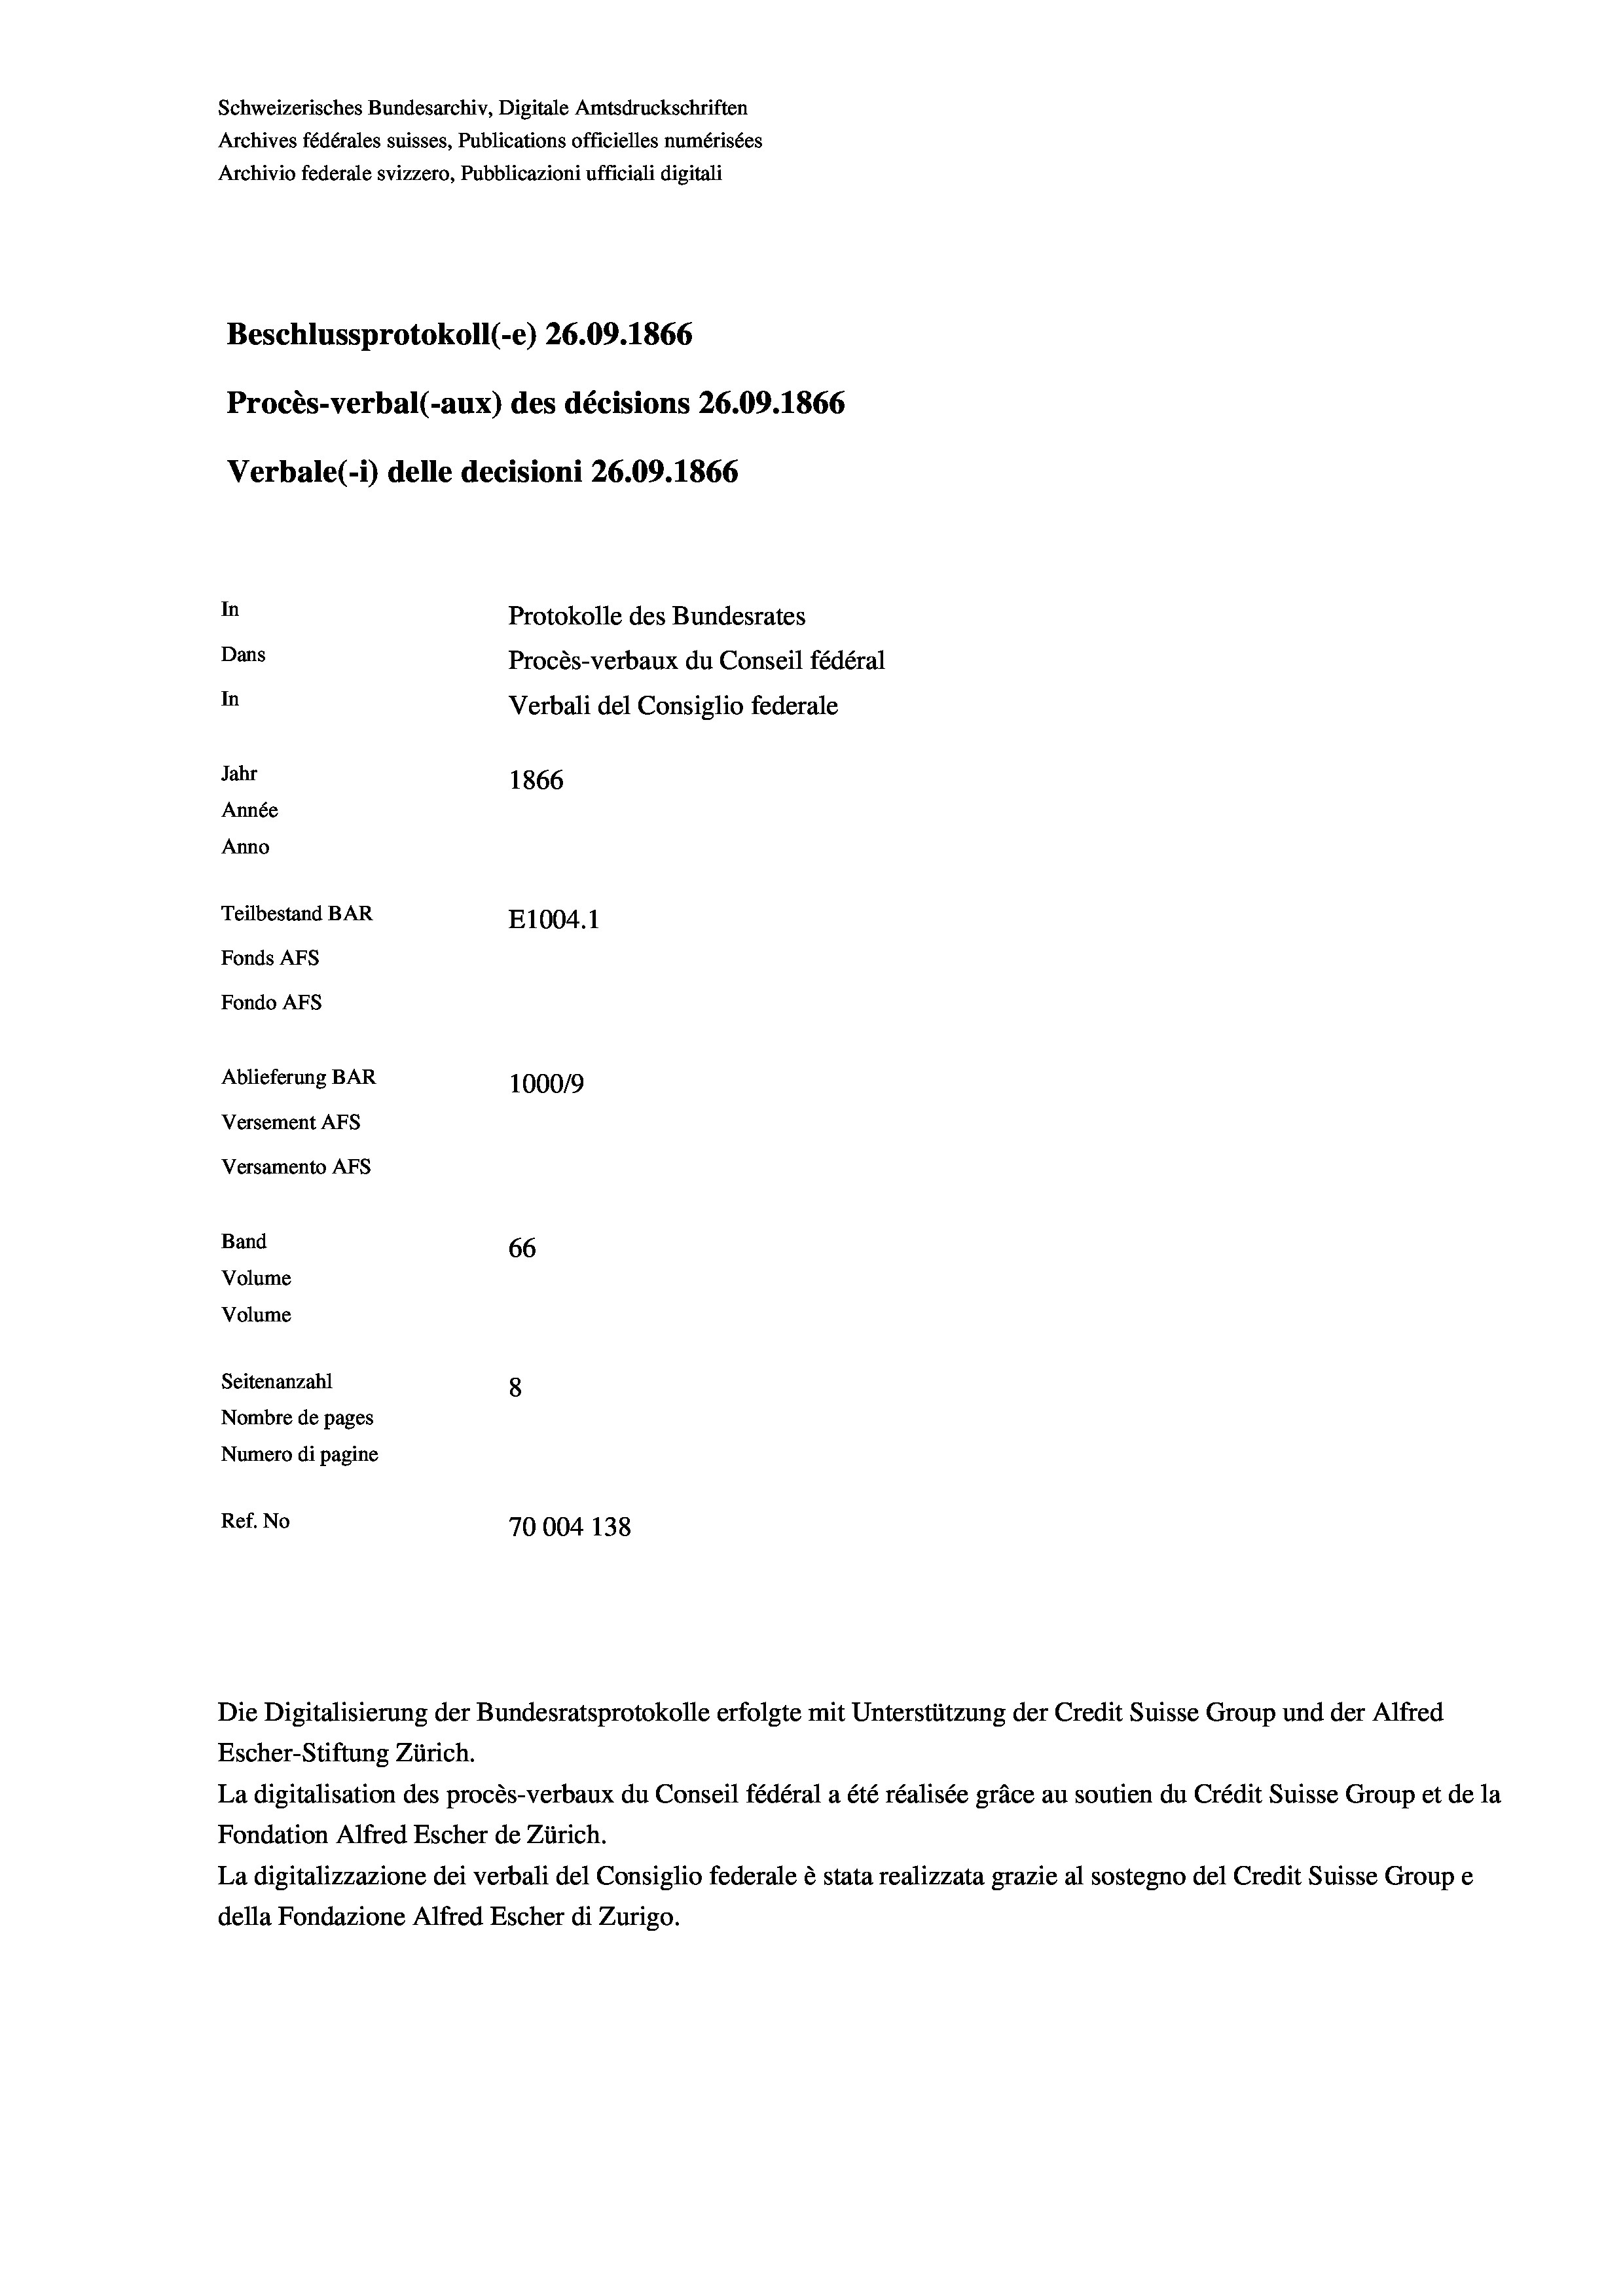
Schweizerisches Bundesarchiv, Digitale Amtsdruckschriften
Archives fédérales suisses, Publications officielles numérisées
Archivio federale svizzero, Pubblicazioni ufficiali digitali
Beschlussprotokoll (-e) 26.09. 1866
Procès-verbal (-aux) des décisions 26.09. 1866
Verbale (-*) delle decisioni 26.09. 1866
In
Protokolle des Bundesrates
Dans
Procès-verbaux du Conseil fédéral
In
Verbali del Consiglio federale
Jahr
1866
Année
Anno
Teilbestand BAR
E1004. 1
Fonds AFs
Fondo AFS
Ablieferung BAR
100019
Versement Abs
Versamento Afs
Band
66
Volume
Volume
Seitenanzahl
8

Nombre de pages
Numero di pagine
Ref. No
70004 138

Die Digitalisierung der Bundesratsprotokolle erfolgte mit Unterstützung der Credit Suisse Group und der Alfred
Escher-Stiftung Zürich.
La digitalisation des procès-verbaux du Conseil fédéral a été réalisée gräce au soutien du Crédit Suisse Group et de la
Fondation Alfred Escher de Zürich.
La digitalizzazione dei verbali del Consiglio federale è stata realizzata grazie al sostegno del Credit Suisse Groupe
della Fondazione Alfred Escher di Zurigo.